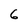
Character: 6